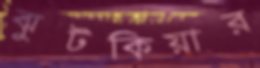
ঝুটকিয়ার